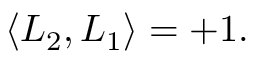
\langle L _ { 2 } , L _ { 1 } \rangle = + 1 .